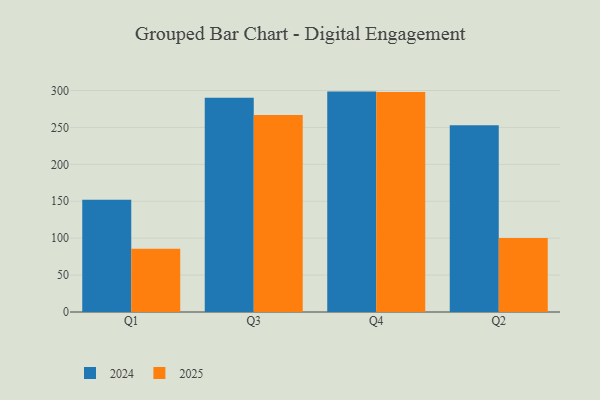
{"axis": {"x": "Quarter", "y": "Website Visitors"}, "legend": ["2024", "2025"], "data": [{"x": "Q1", "y": 85.7, "type": "2025"}, {"x": "Q1", "y": 152.0, "type": "2024"}, {"x": "Q3", "y": 266.8, "type": "2025"}, {"x": "Q3", "y": 290.1, "type": "2024"}, {"x": "Q4", "y": 297.8, "type": "2025"}, {"x": "Q4", "y": 298.5, "type": "2024"}, {"x": "Q2", "y": 100.2, "type": "2025"}, {"x": "Q2", "y": 253.0, "type": "2024"}]}